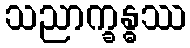
သညာက္ခန္ဓဿ